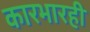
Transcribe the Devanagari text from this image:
कारभारही